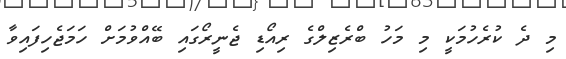
މި ދެ ކުރެހުމަކީ މި މަހު ބްރެޒިލްގެ ރިއޯޑި ޖެނީރޯގައި ބޭއްވުމަށް ހަމަޖެހިފައިވާ